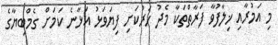
މި އަމުރާއި ޚިލާފުވާ ފަރާތްތަކާ މެދު ހަރުކަށި ފިޔަވަޅު އަޅާނެ ކަމަށް ގެމްބިޔާގެ